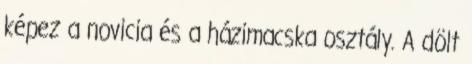
képez a novicia és a házimacska osztály. A dölt